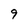
Character: 9